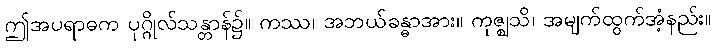
ဤအပရာဓက ပုဂ္ဂိုလ်သန္တာန်၌။ ကဿ၊ အဘယ်ခန္ဓာအား။ ကုဇ္ဈသိ၊ အမျက်ထွက်အံ့နည်း။